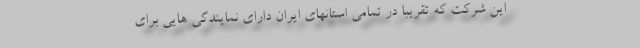
این شرکت که تقریبا در تمامی استانهای ایران دارای نمایندگی هایی برای